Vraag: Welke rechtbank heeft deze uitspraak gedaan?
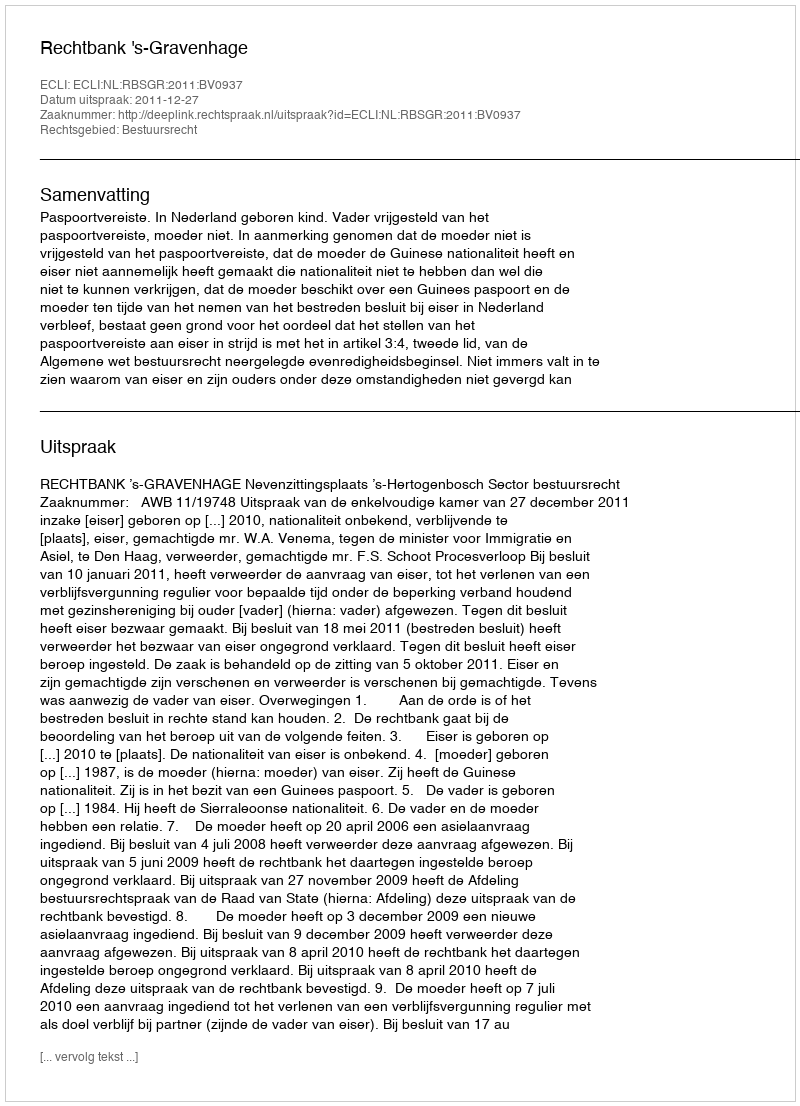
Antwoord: Rechtbank 's-Gravenhage